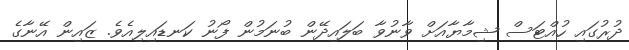
ދުރުގައި ހުއްޓަސް ޝިމާޔާއަށް ވާނުވާ ބަލައިދޭން ބުނަމުން ފޯނު ކަނޑައިލިއެވެ. ޒައިން އޭނާގެ